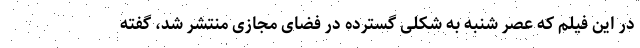
در این فیلم که عصر شنبه به شکلی گسترده در فضای مجازی منتشر شد، گفته